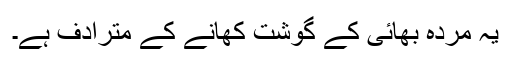
یہ مردہ بھائی کے گوشت کھانے کے مترادف ہے۔